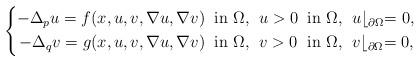
LaTeX: \begin{align*}\left\{\begin{alignedat}{2}-\Delta_p u =f(x,u,v,\nabla u,\nabla v)\;\; &\mbox{in $\Omega$,}\;\; u>0\;\;&&\mbox{in $\Omega$,}\;\; u\lfloor_{\partial\Omega}=0,\\-\Delta_q v =g(x,u,v,\nabla u,\nabla v)\;\; &\mbox{in $\Omega$,}\;\; v>0\;\;&&\mbox{in $\Omega$,}\;\; v\lfloor_{\partial\Omega}=0,\end{alignedat}\right.\end{align*}